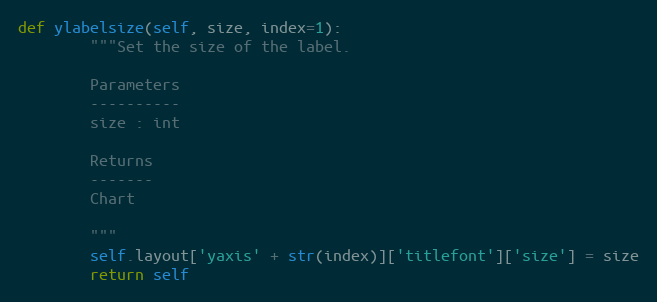
Language: Python
def ylabelsize(self, size, index=1):
        """Set the size of the label.

        Parameters
        ----------
        size : int

        Returns
        -------
        Chart

        """
        self.layout['yaxis' + str(index)]['titlefont']['size'] = size
        return self